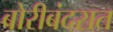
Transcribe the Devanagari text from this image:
बोरीबंदरात